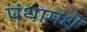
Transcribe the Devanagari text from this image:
पंथामधे